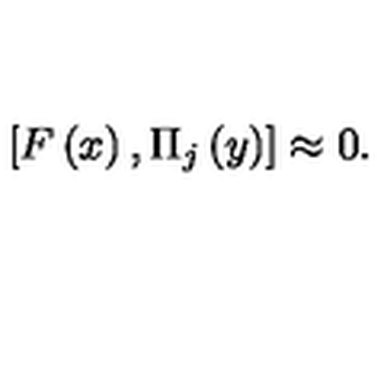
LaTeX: \left[ F \left( x \right) , \Pi _ { j } \left( y \right) \right] \approx 0 .